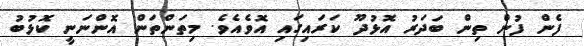
ފެން ފުން ތިން ބަދަރު އޮޅުދޫ ކަރައިގައި އޮވެއެވެ. މިތަންތަން އޮންނަނީ ކޮޅުބު